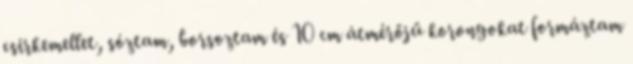
csirkemellet, sóztam, borsoztam és 10 cm átmérőjű korongokat formáztam